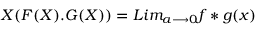
{ \cal X } ( F ( X ) . G ( X ) ) = L i m _ { a { \longrightarrow } 0 } f * g ( x )